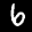
Label: 6